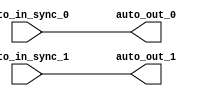
module IntSyncSyncCrossingSink( // @[:freechips.rocketchip.system.DefaultRV32Config.fir@210541.2]
  input   auto_in_sync_0, // @[:freechips.rocketchip.system.DefaultRV32Config.fir@210544.4]
  input   auto_in_sync_1, // @[:freechips.rocketchip.system.DefaultRV32Config.fir@210544.4]
  output  auto_out_0, // @[:freechips.rocketchip.system.DefaultRV32Config.fir@210544.4]
  output  auto_out_1 // @[:freechips.rocketchip.system.DefaultRV32Config.fir@210544.4]
);
  assign auto_out_0 = auto_in_sync_0; // @[LazyModule.scala 305:12:freechips.rocketchip.system.DefaultRV32Config.fir@210553.4]
  assign auto_out_1 = auto_in_sync_1; // @[LazyModule.scala 305:12:freechips.rocketchip.system.DefaultRV32Config.fir@210553.4]
endmodule